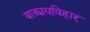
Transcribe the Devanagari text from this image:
वाङ्मयविहार